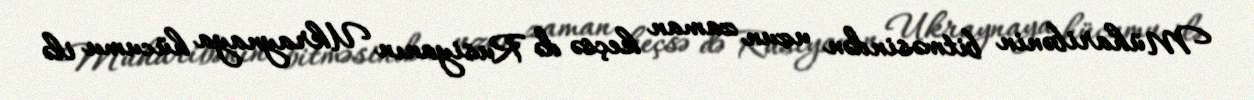
Müharibənin bitməsindən uzun zaman keçsə də Rusiyanın Ukraynaya hücumu ilə